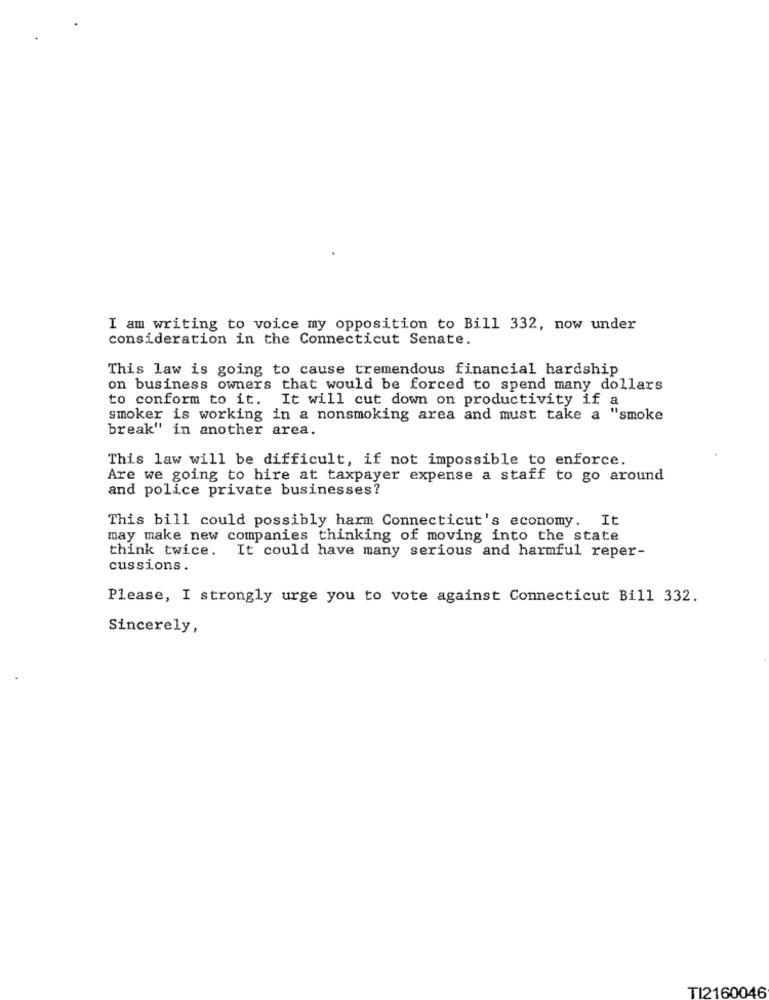
I am writing to voice my opposition to Bill 332, now under
consideration in the Connecticut Senate.
This law is going to cause tremendous financial hardship
on business owners that would be forced to spend many dollars
to conform to it. It will cut down on productivity if a
smoker is working in a nonsmoking area and must take a "smoke
break" in another area.
This law will be difficult, if not impossible to enforce.
Are we going to hire at taxpayer expense a staff to go around
and police private businesses?
This bill could possibly harm Connecticut's economy. It
may make new companies thinking of moving into the state
think twice. It could have many serious and harmful reper-
cussions.
Please, I strongly urge you to vote against Connecticut Bill 332.
Sincerely,
TI2160046